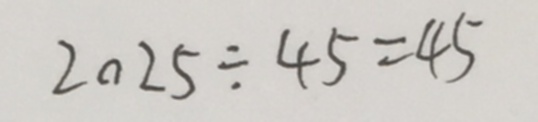
2 0 2 5 \div 4 5 = 4 5